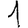
Digit: 1